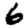
Digit: 6